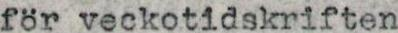
för veckotidskriften